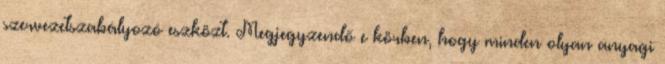
szervezetszabályozó eszközt. Megjegyzendő e körben, hogy minden olyan anyagi